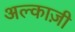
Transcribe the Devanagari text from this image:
अल्काज़ी